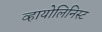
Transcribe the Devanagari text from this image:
व्हायोलिनिस्ट